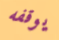
يوقفه